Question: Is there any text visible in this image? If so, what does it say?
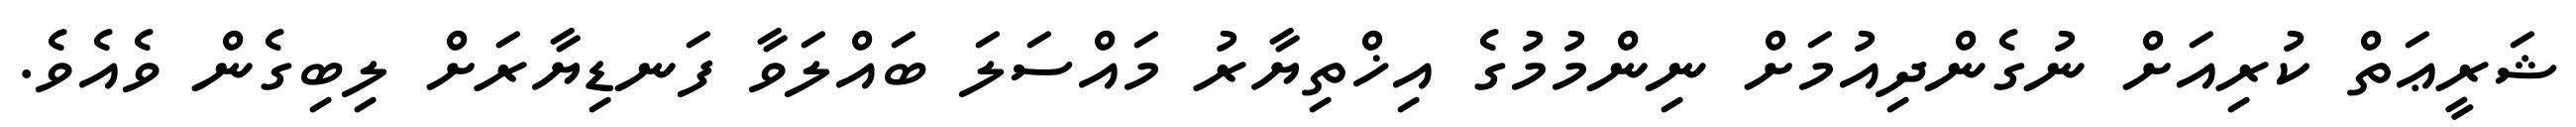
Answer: ޝަރީޢަތް ކުރިއަށް ނުގެންދިއުމަށް ނިންމުމުގެ އިޚްތިޔާރު މައްސަލަ ބައްލަވާ ފަނޑިޔާރަށް ލިބިގެން ވެއެވެ.